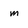
Character: m